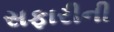
સફારીની